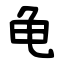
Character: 龟